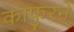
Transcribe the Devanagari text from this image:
काफुरने